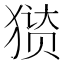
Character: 㺆